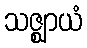
သဇ္ဈာယံ